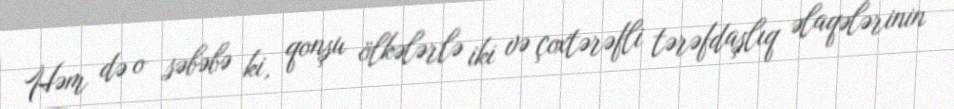
Həm də o səbəbə ki, qonşu ölkələrlə iki və çoxtərəfli tərəfdaşlıq əlaqələrinin